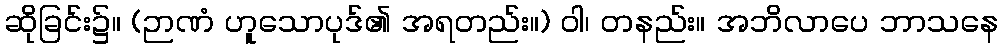
ဆိုခြင်း၌။ (ဉာဏံ ဟူသောပုဒ်၏ အရတည်း။) ဝါ၊ တနည်း။ အဘိလာပေ ဘာသနေ